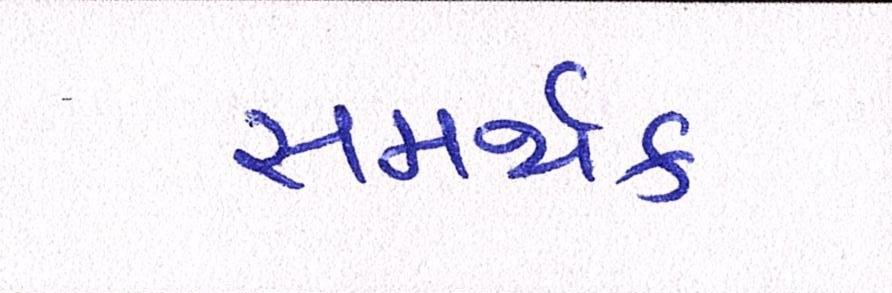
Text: સમર્થક